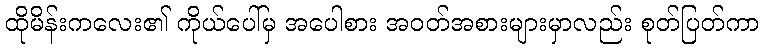
ထိုမိန်းကလေး၏ ကိုယ်ပေါ်မှ အပေါစား အဝတ်အစားများမှာလည်း စုတ်ပြတ်ကာ